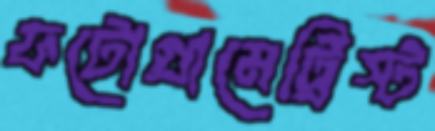
ফটোগ্রামেট্রিস্ট